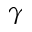
\gamma